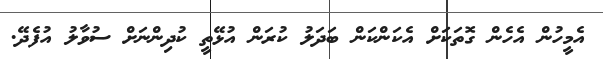
އެމީހުން އެހެން ގޮތަކަށް އެކަންކަން ބަދަލު ކުރަން އުޅޭތީ ކުދިންނަށް ސުވާލު އުފެދޭ.